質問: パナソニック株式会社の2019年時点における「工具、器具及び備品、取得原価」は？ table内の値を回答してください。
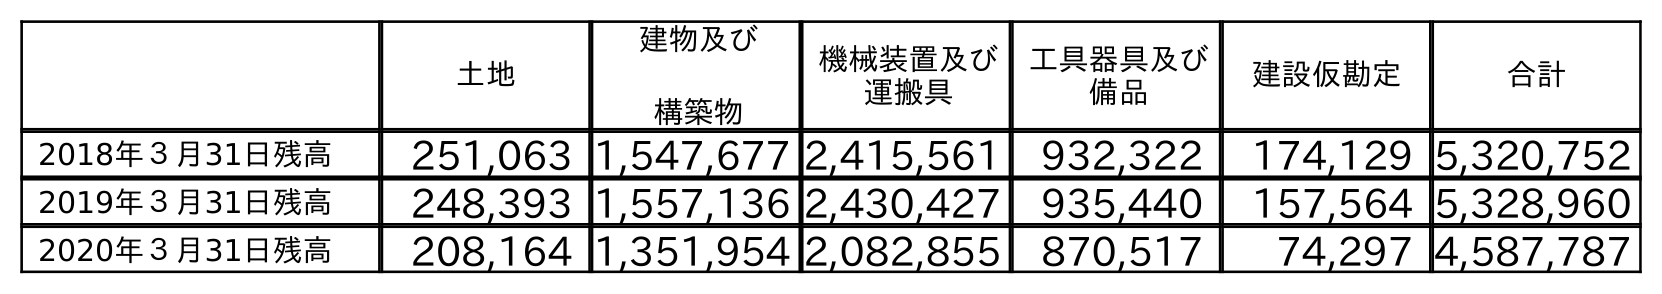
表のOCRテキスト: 土地 建物及び 構築物 機械装置及び 運搬具 工具器具及び 備品 建設仮勘定 合計 2018年３月31日残高 251,063 1,547,677 2,415,561 932,322 174,129 5,320,752 2019年３月31日残高 248,393 1,557,136 2,430,427 935,440 157,564 5,328,960 2020年３月31日残高 208,164 1,351,954 2,082,855 870,517 74,297 4,587,787
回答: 935,440